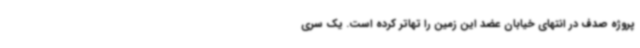
پروژه صدف در انتهای خیابان عضد این زمین را تهاتر کرده است. یک سری